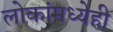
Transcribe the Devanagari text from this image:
लोकांमध्येही